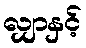
လျှာနှင့်